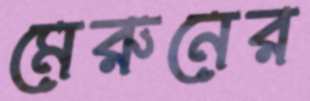
মেরুনের